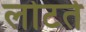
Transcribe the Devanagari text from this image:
लोटते